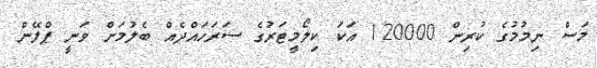
މަސް ނިމުމުގެ ކުރިން 120000 އަކަ ކިލޯމީޓަރުގެ ސަރަހައްދެއް ބެލުމަށް ވަނީ ޕްލޭން